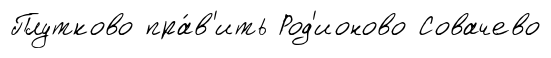
Плутково пра́в'ить Род'ионово Совачево